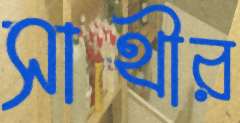
সাথীর